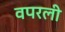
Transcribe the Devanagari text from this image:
वपरली